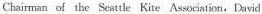
Chairman of the Seattle Kite Association,David